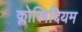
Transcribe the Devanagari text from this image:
क्लोस्त्रिदियम